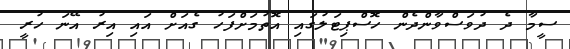
ސީމާ ދެ ދުވަސްވާންދެން ހޮސްޕިޓަލުގައި އޮތުމަށްފަހު ގެއަށް އައި އިރު އޭނަ ހުރީ